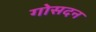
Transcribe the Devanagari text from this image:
गोसदन